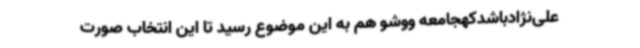
علی‌نژادباشدکهجامعه ووشو هم به این ‌موضوع رسید تا این انتخاب صورت